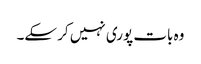
وہ بات پوری نہیں کر سکے۔